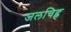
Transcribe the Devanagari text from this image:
जलचिह्न